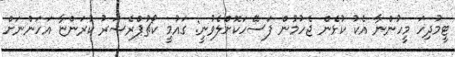
ޓީމުދިހަ މީހުންނާ އެކު ކުޅެން ޖެހުމުން ފަސޭހަކޮށްލެވުނީ: ގައުމީ ކޯޗުޕްރެޝަރު ކުރަންޏާ އަހަންނަށް